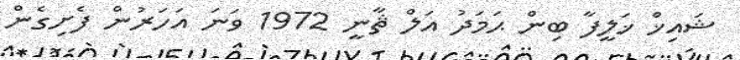
ޝައިޚް ޚަލީފާ ބިން ޙަމަދު އަލް ޘާނީ 1972 ވަނަ އަހަރުން ފެށިގެން